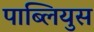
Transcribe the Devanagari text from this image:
पाब्लियुस